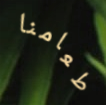
طعامنا